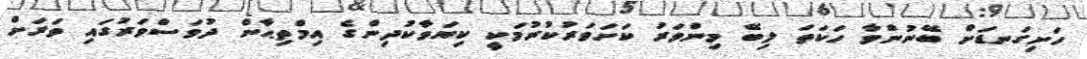
ހަށިގަނޑަށް ބޭނުންވާ ހަކަތަ ލިބޭ މިންވަރު ކަށަވަރުކުރުމަކީ ކިޔަވާކުދިންގެ އިމްތިޙާން ދުވަސްވަރުގައި ވަރަށް